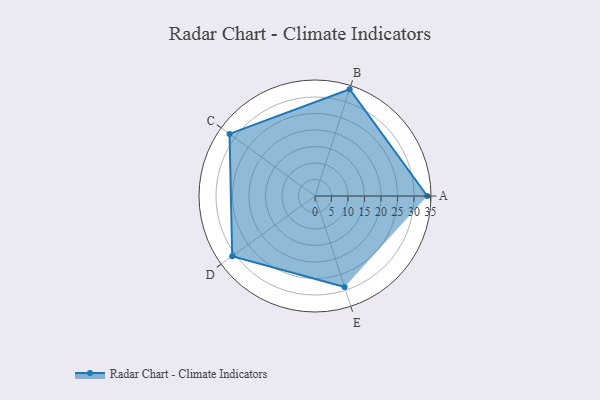
{"axis": {"x": "Skill", "y": "Score"}, "legend": ["Profile"], "data": [{"x": "A", "y": 34.0, "type": "Profile"}, {"x": "B", "y": 34.0, "type": "Profile"}, {"x": "C", "y": 32.0, "type": "Profile"}, {"x": "D", "y": 31.0, "type": "Profile"}, {"x": "E", "y": 29.0, "type": "Profile"}]}